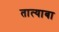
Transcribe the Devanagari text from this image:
तात्याबा